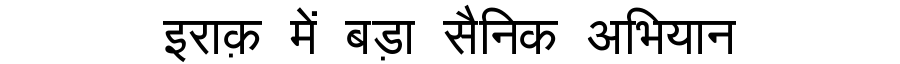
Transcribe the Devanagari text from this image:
इराक़ में बड़ा सैनिक अभियान